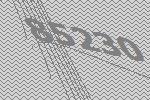
85230